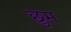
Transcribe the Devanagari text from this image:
छुम